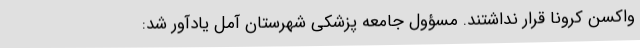
واکسن کرونا قرار نداشتند. مسؤول جامعه پزشکی شهرستان آمل یادآور شد: